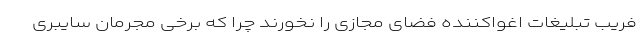
فریب تبلیغات اغواکننده فضای مجازی را نخورند چرا که برخی مجرمان سایبری